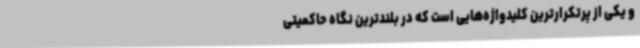
و یکی از پرتکرارترین کلیدواژه‌هایی است که در بلندترین نگاه حاکمیتی